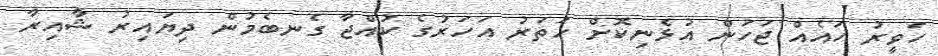
ހަވީރު ހައެއް ޖަހަން އުޅެނިކޮށް ހަތަރު އަހަރުގެ ކުއްޖާ ގެނބެމުން ދިޔައިރު ޝާއިރާ